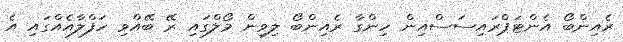
ރެއިންބޯ އެންޓަޕްރައިސަސްއިން ހިންގާ ރެއިންބޯ ލިވިން މޯލްގައި ރޭ ބޭއްވި ހަފްލާއެއްގައި އެ